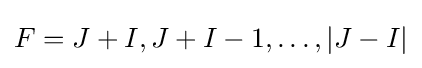
F=J+I,J+I-1,\dots ,|J-I|